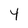
Character: y